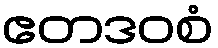
ဧတဒဝစံ